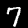
Digit: 7